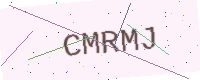
Text: CMRMJ